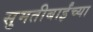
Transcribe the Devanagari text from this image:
सुमतीबाईंच्या